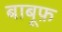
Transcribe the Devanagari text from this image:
बाबूफ़